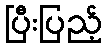
ပြီးပြည့်